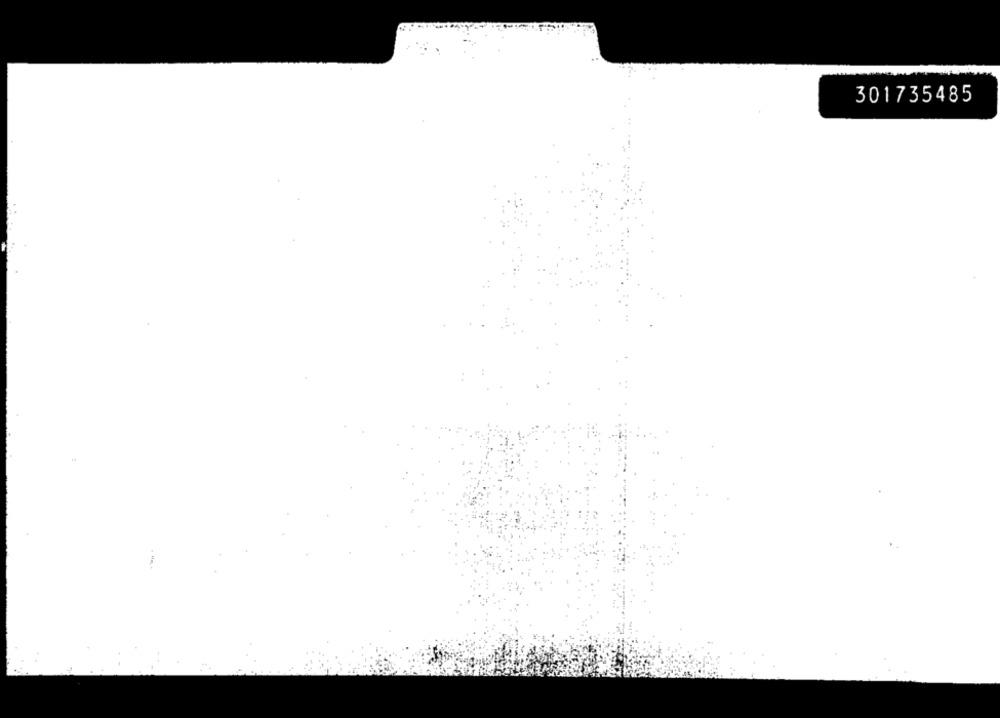
301735485